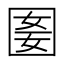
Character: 𡇭